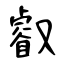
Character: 叡